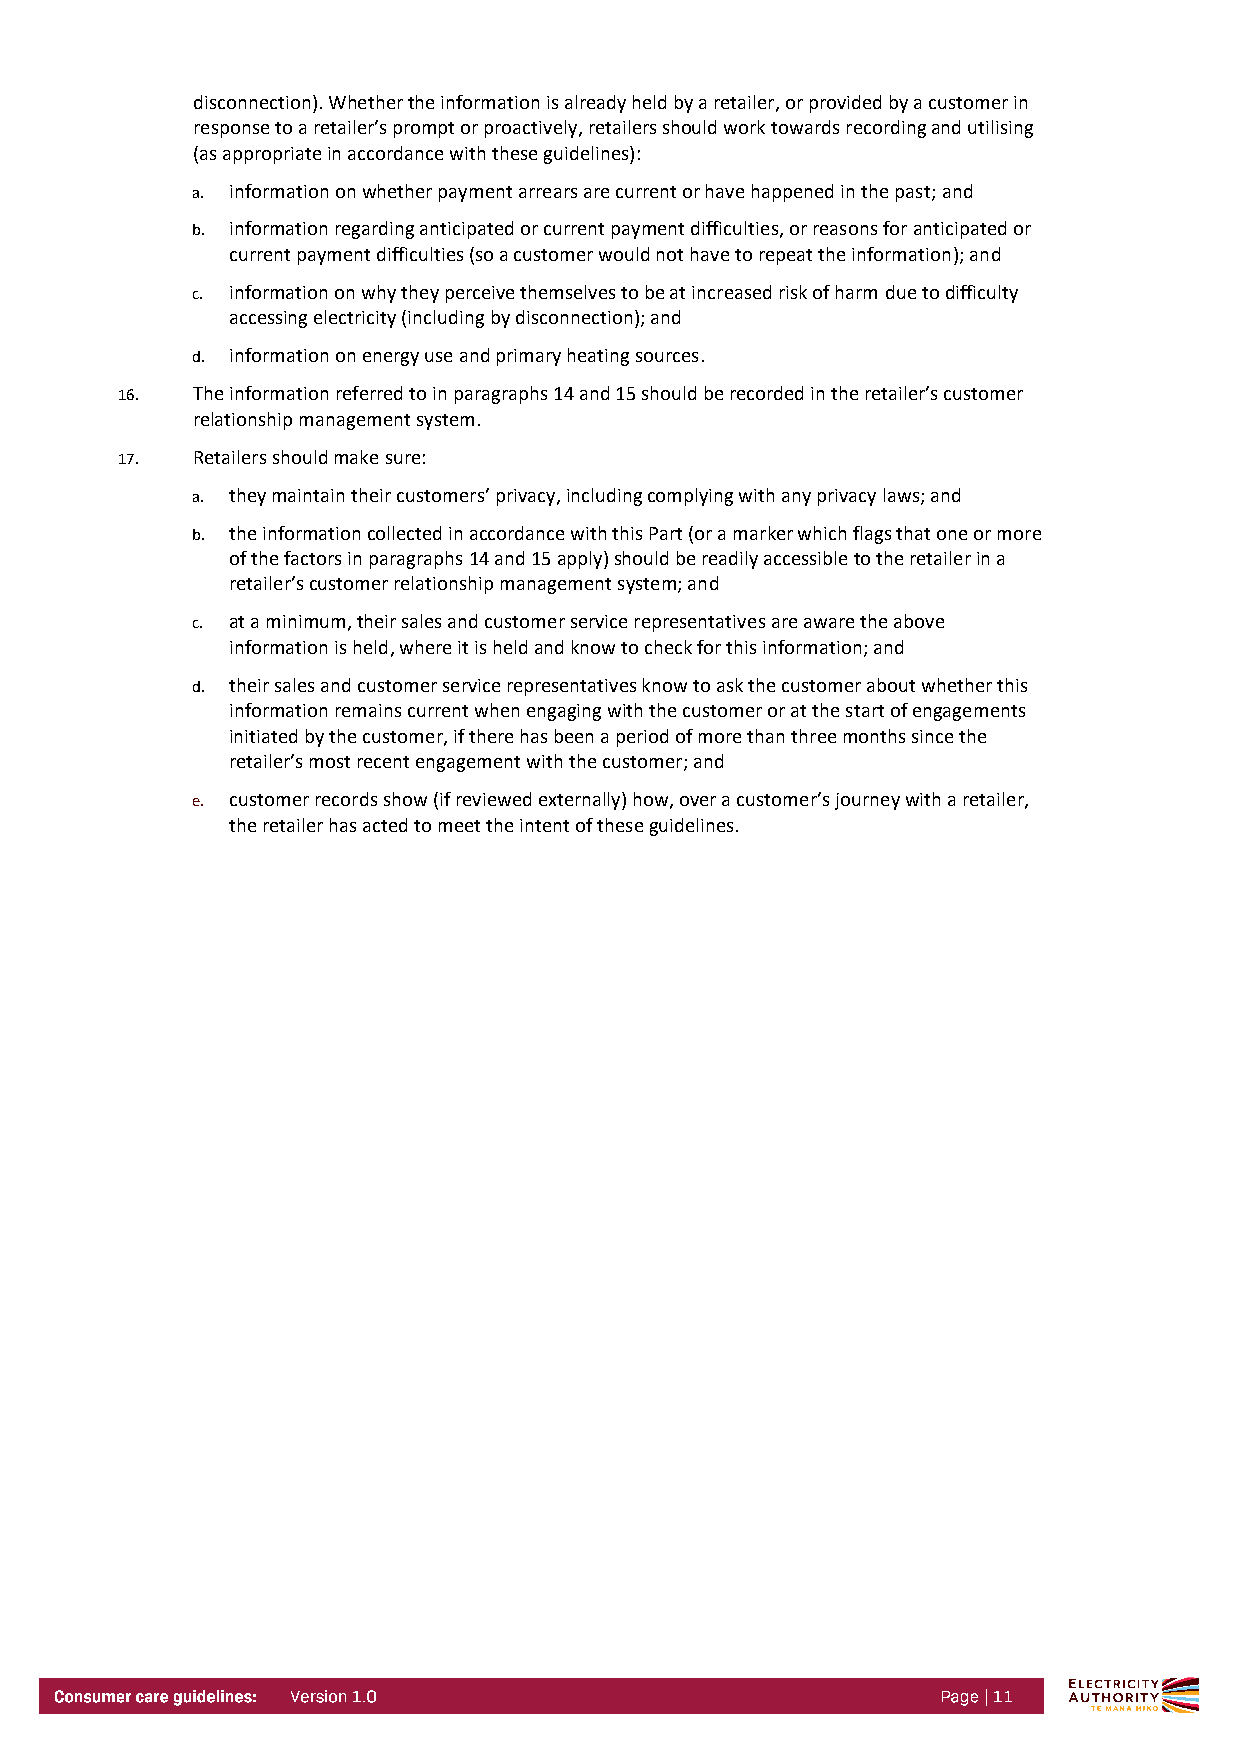
disconnection). Whether the information is already held by a retailer, or provided by a customer in
 response to a retailer’s prompt or proactively, retailers should work towards recording and utilising
 (as appropriate in accordance with these guidelines):
 a. information on whether payment arrears are current or have happened in the past; and
 b. information regarding anticipated or current payment difficulties, or reasons for anticipated or
 current payment difficulties (so a customer would not have to repeat the information); and
 c. information on why they perceive themselves to be at increased risk of harm due to difficulty
 accessing electricity (including by disconnection); and
 d. information on energy use and primary heating sources.
 16.  The information referred to in paragraphs 14 and 15 should be recorded in the retailer’s customer
 relationship management system.
 17.  Retailers should make sure:
 a. they maintain their customers’ privacy, including complying with any privacy laws; and
 b. the information collected in accordance with this Part (or a marker which flags that one or more
 of the factors in paragraphs 14 and 15 apply) should be readily accessible to the retailer in a
 retailer’s customer relationship management system; and
 c. at a minimum, their sales and customer service representatives are aware the above
 information is held, where it is held and know to check for this information; and
 d. their sales and customer service representatives know to ask the customer about whether this
 information remains current when engaging with the customer or at the start of engagements
 initiated by the customer, if there has been a period of more than three months since the
 retailer’s most recent engagement with the customer; and
 e. customer records show (if reviewed externally) how, over a customer’s journey with a retailer,
 the retailer has acted to meet the intent of these guidelines.